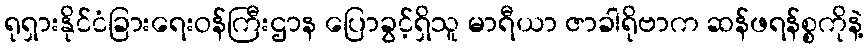
ရုရှားနိုင်ငံခြားရေးဝန်ကြီးဌာန ပြောခွင့်ရှိသူ မာရီယာ ဇာခါရိုဗာက ဆန်ဖရန်စ္စကိုနဲ့